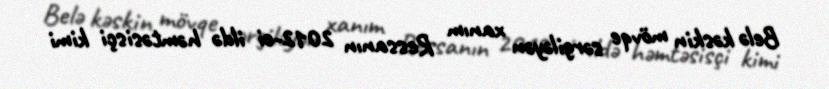
Belə kəskin mövqe sərgiləyən xanım Ressanın 2012-ci ildə həmtəsisçi kimi